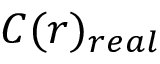
C ( r ) _ { r e a l }